Problem: 9 × 2 = ?
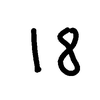
Handwritten answer: 18